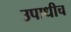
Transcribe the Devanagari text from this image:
उपाधीच